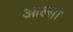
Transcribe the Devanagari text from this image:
आल्सो